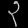
Digit: ၃